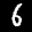
Label: 6